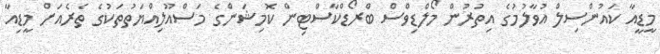
މީޑީއާ ކައުންސިލް އުވާލުމުގެ އިތުރުން މޯލްޑިވްސް ބްރޯޑްކާސްޓިން ކޮމިޝަންގެ މަސްއޫލިއްޔަތުތަކުގެ ތެރެއަށް މީޑިއާ